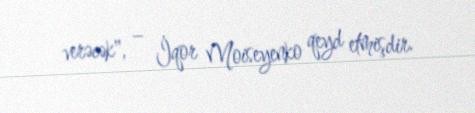
verəcək", – İqor Moiseyenko qeyd etmişdir.